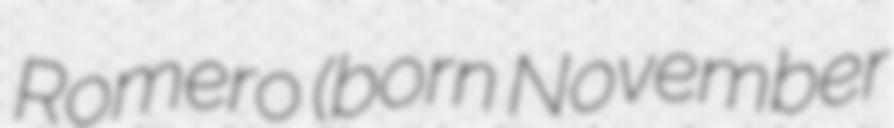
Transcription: Romero (born November